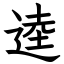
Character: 逵